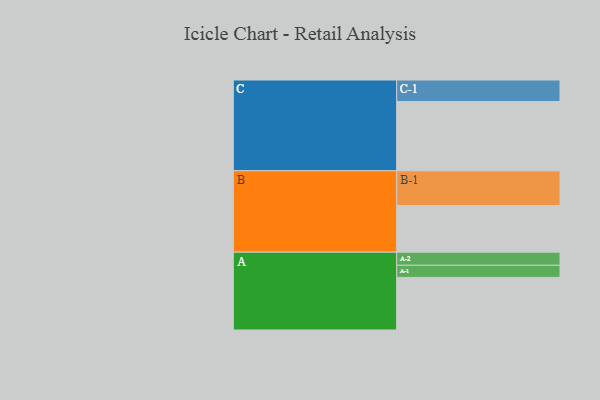
{"axis": {"x": "Segment", "y": "Value"}, "legend": ["", "A", "B", "C"], "data": [{"x": "A", "y": 386, "type": ""}, {"x": "B", "y": 342, "type": ""}, {"x": "C", "y": 508, "type": ""}, {"x": "A-1", "y": 89, "type": "A"}, {"x": "A-2", "y": 96, "type": "A"}, {"x": "B-1", "y": 255, "type": "B"}, {"x": "C-1", "y": 158, "type": "C"}]}